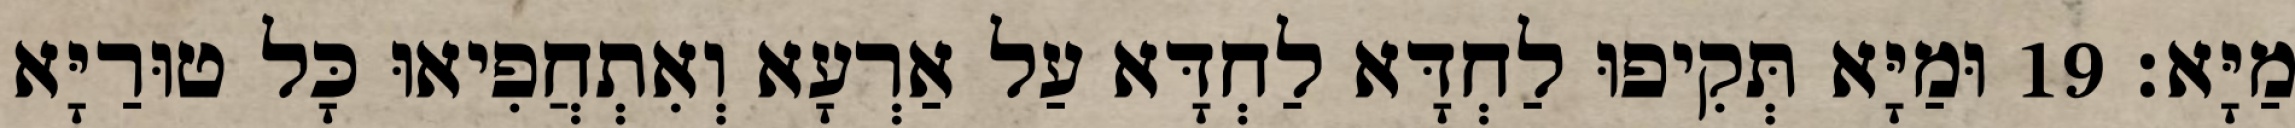
מַיָּא׃ 19 וּמַיָּא תְּקִיפוּ לַחְדָּא לַחְדָּא עַל אַרְעָא וְאִתְחֲפִיאוּ כָּל טוּרַיָּא